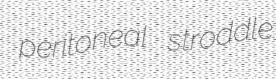
peritoneal stroddle